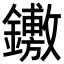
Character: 𨯋